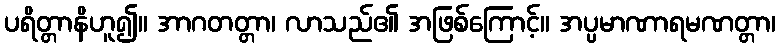
ပရိတ္တာနိဟူ၍။ အာဂတတ္တာ၊ လာသည်၏ အဖြစ်ကြောင့်။ အပ္ပမာဏာရမဏတ္တာ၊